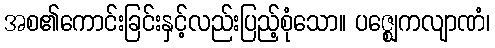
အစ၏ကောင်းခြင်းနှင့်လည်းပြည့်စုံသော။ ပဇ္ဈေကလျာဏံ၊